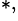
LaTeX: ^{\ast,}